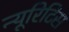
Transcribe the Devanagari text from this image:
न्यूरिटिस